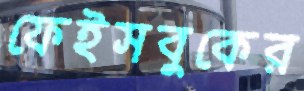
ফেইসবুকের